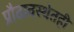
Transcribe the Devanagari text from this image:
प्रौढावस्थेतही